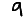
Digit: 9